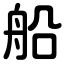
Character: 船